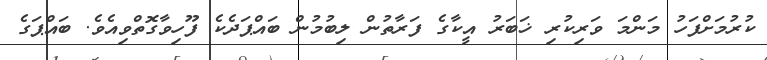
ކުރުމަށްފަހު މަންމަ ވަރިކުރި ޚަބަރު އީކާގެ ފަރާތުން ލިބުމުން ބައްޕަދެކެ ފޫހިވާގޮތްވިއެވެ. ބައްޕަގެ